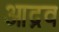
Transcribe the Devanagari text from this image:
आद्रव